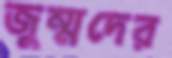
জুম্মদের